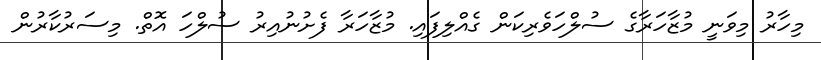
މިހާރު މިވަނީ މުޒާހަރާގެ ސުލްހަވެރިކަން ގެއްލިފައި. މުޒާހަރާ ފެށުނުއިރު ސުލްހަ އޮތް. މިސަރުކާރުން